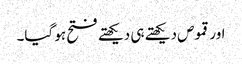
اور قموص دیکھتے ہی دیکھتے فتح ہو گیا۔